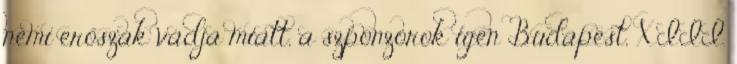
nemi erőszak vádja miatt, a szponzorok igen Budapest, XIII.